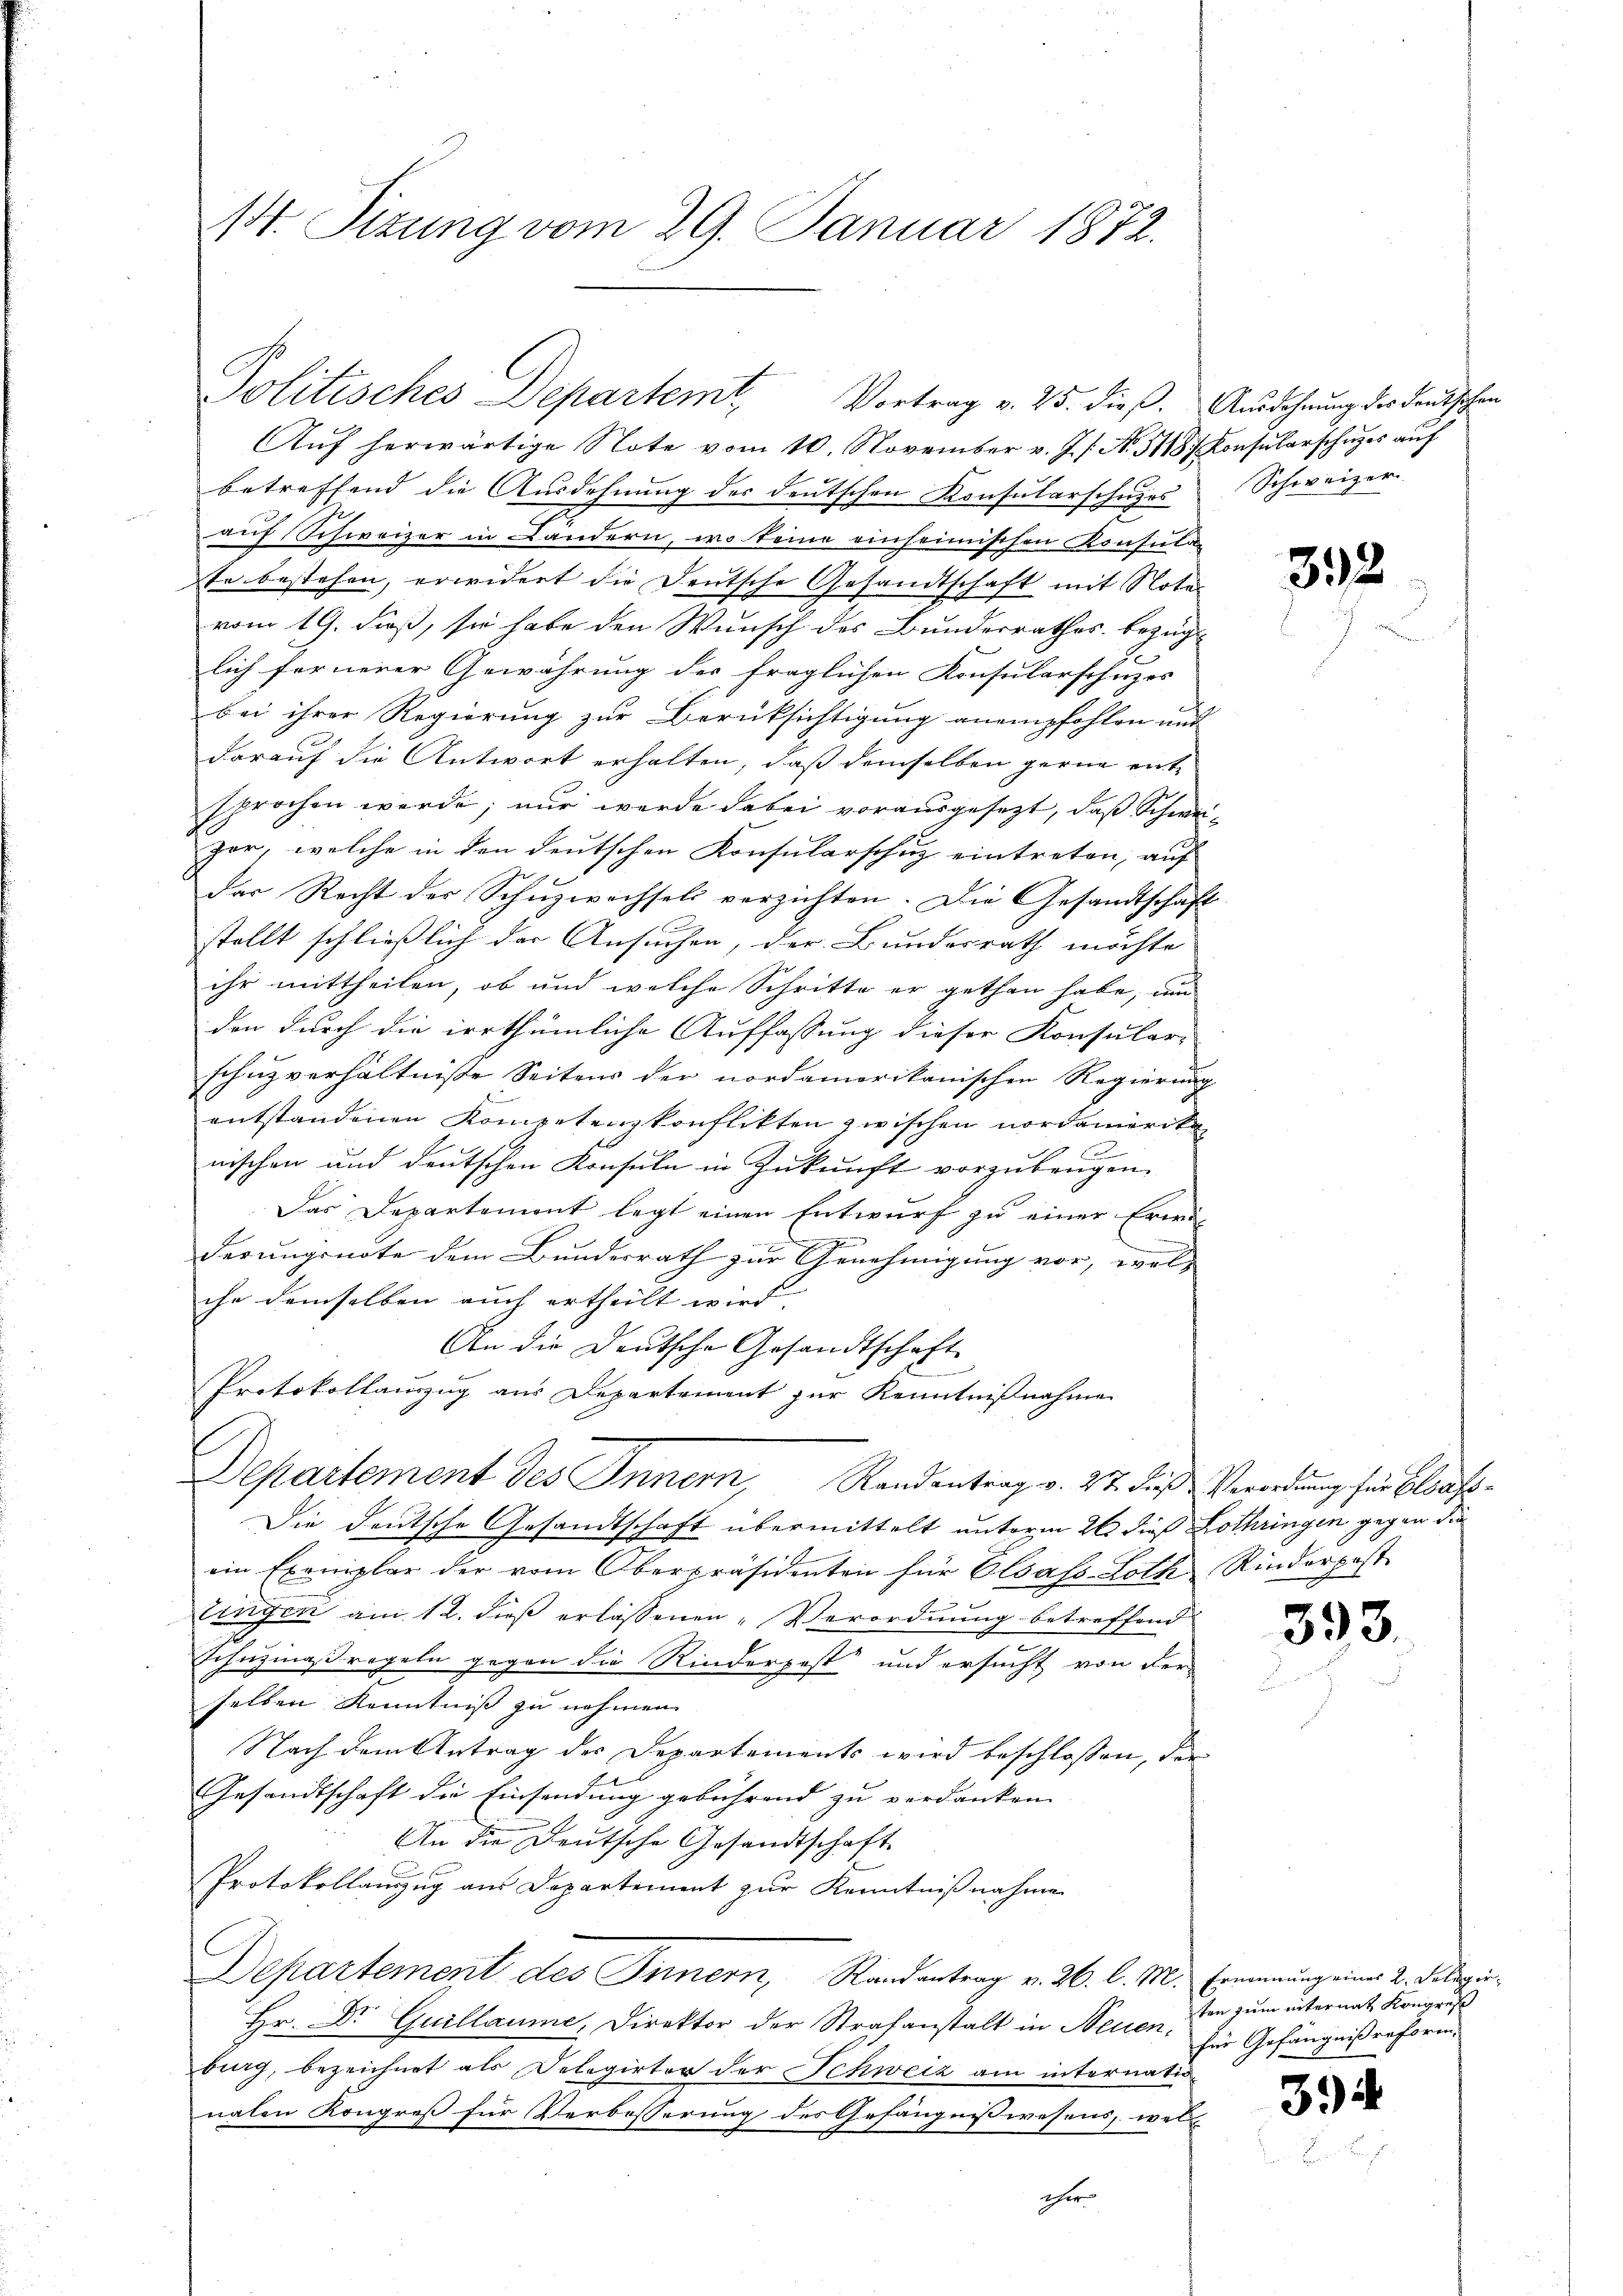
s. Sizung vom 29. Januar 1872.

Aŭf herwärtige Note vom 10. November v. J. s. No. 5118/ Konsŭlarschŭges aŭf
betreffend die Ausdehnung des deutschen Konsularschuzes
auf Schweizer in Ländern, wo keine einheimischen Konsula
te bestehen, erwidert die Deutsche Gesandtschaft mit Notar
vom 19. dieß, sie habe den Wunsch des Bundesrathes bezüg-
.
lich fernerer Gewährung der fraglichen Konsularschutzes
bei ihrer Regierung zur Berüksichtigung anempfohlen und
darauf die Antwort erhalten, daß demselben gerne ent-
sprochen werde; nur werde dabei vorausgesezt, daß Schweizor, welche in den deutschen Konsularschutz eintreten, auf
das Recht der Schuzwachsel verzichten. Die Gesandtschaft
stellt schließlich der Ansuchen, der Bundesrath möchte
ihr mittheilen, ob und welche Schritte er gethan habe, um
den durch die irrthümliche Auffassung dieser Konsular-
schnzverhältnisse Seitens der nordamerikanischen Regierung
entstandenen Kompetenzkonflikten zwischen Nordamerika
nischen und deutschen Konsuln in Zukunft vorzubeugen.
Das Departement legt einen Entwurf zu einer Erwä-

derungsnote dem Bundesrath zur Genehmigung vor, wel
che demselben auch ertheilt wird.
An die Deutsche Gesandtschaft
Protokollauszug aus Departement zur Kenntnißnahme
Departement des Innern, Randentrag v. 27. dieß Verordnung für Blatt¬
Die deutsche Gesandtschaft übermittelt unterm 26 dieß Lothringen gegen die
ein Exemplar der vom Oberpräsidenten für Elsass-Loth Rinderpost
d
Einigen am 12. dieß erlassenen „Verordnung betreffend
Schüzmaßregeln gegen die Rinderpest“ und ersucht von der
selben Kenntniß zu nehmen.
Nach dem Antrag des Departements wird beschlossen, der
Gesandtschaft die Einsendung gebührend zu verdanken.
An die Deutsche Gesandtschaft
Protokollauszug aus Departement zur Kenntnißnahme
Departement des Innern, Randantrag v. 26. l. M. Ernennung eines 2. Feldgie
Hr. Dr Guillaume, Direktor der Strafanstalt in Neuenbing, bezeichnet als Delegirter der Schweiz am internatio
nalen Kongreß für Verbesserung des Gefängnisswesens, wel

Politisches Departemt. Vortrag v. 25. dieß. Ausdehnung der Leuthohen

cher

Schweizer.

392

393.

ten zum internat Kongreß
für Gefängnißreform.

34